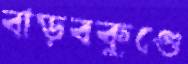
বাড়বকুণ্ডে